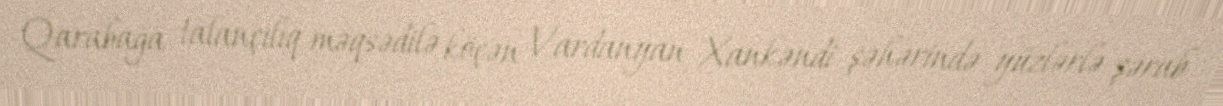
Qarabağa talançılıq məqsədilə köçən Vardanyan Xankəndi şəhərində yüzlərlə şərab